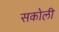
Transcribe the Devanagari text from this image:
सकोली